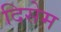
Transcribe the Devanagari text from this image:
दिसेम